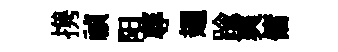
携禎阳蓐翅踰爽傭